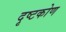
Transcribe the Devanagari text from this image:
दृष्टकोण